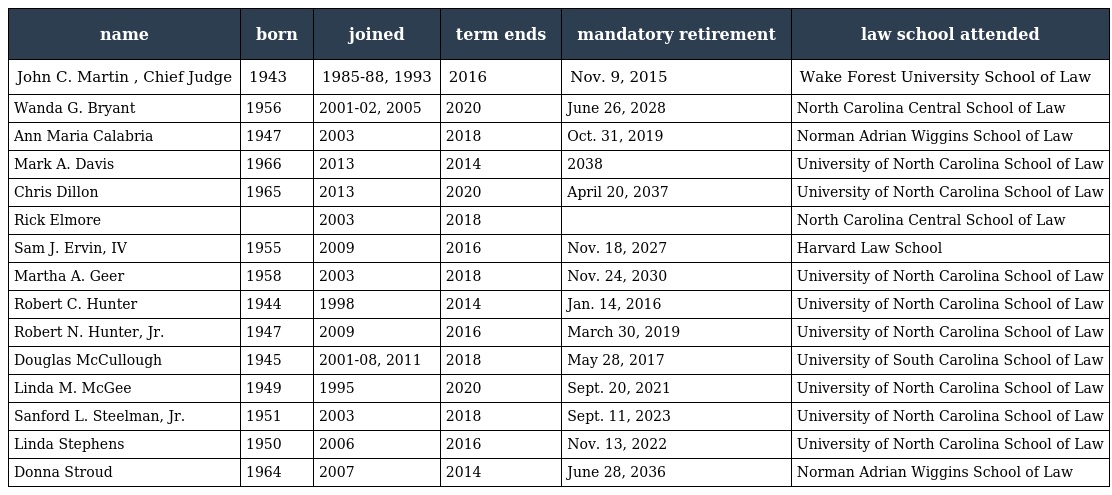
| name | born | joined | term ends | mandatory retirement | law school attended |
 | --- | --- | --- | --- | --- | --- |
 | John C. Martin , Chief Judge | 1943 | 1985-88, 1993 | 2016 | Nov. 9, 2015 | Wake Forest University School of Law |
 | Wanda G. Bryant | 1956 | 2001-02, 2005 | 2020 | June 26, 2028 | North Carolina Central School of Law |
 | Ann Maria Calabria | 1947 | 2003 | 2018 | Oct. 31, 2019 | Norman Adrian Wiggins School of Law |
 | Mark A. Davis | 1966 | 2013 | 2014 | 2038 | University of North Carolina School of Law |
 | Chris Dillon | 1965 | 2013 | 2020 | April 20, 2037 | University of North Carolina School of Law |
 | Rick Elmore |  | 2003 | 2018 |  | North Carolina Central School of Law |
 | Sam J. Ervin, IV | 1955 | 2009 | 2016 | Nov. 18, 2027 | Harvard Law School |
 | Martha A. Geer | 1958 | 2003 | 2018 | Nov. 24, 2030 | University of North Carolina School of Law |
 | Robert C. Hunter | 1944 | 1998 | 2014 | Jan. 14, 2016 | University of North Carolina School of Law |
 | Robert N. Hunter, Jr. | 1947 | 2009 | 2016 | March 30, 2019 | University of North Carolina School of Law |
 | Douglas McCullough | 1945 | 2001-08, 2011 | 2018 | May 28, 2017 | University of South Carolina School of Law |
 | Linda M. McGee | 1949 | 1995 | 2020 | Sept. 20, 2021 | University of North Carolina School of Law |
 | Sanford L. Steelman, Jr. | 1951 | 2003 | 2018 | Sept. 11, 2023 | University of North Carolina School of Law |
 | Linda Stephens | 1950 | 2006 | 2016 | Nov. 13, 2022 | University of North Carolina School of Law |
 | Donna Stroud | 1964 | 2007 | 2014 | June 28, 2036 | Norman Adrian Wiggins School of Law |